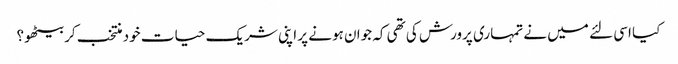
کیا اسی لئے میں نے تمہاری پرورش کی تھی کہ جوان ہونے پر اپنی شریک حیات خود منتخب کر بیٹھو؟